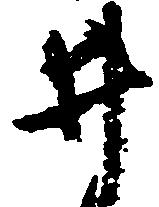
井